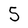
Character: 5